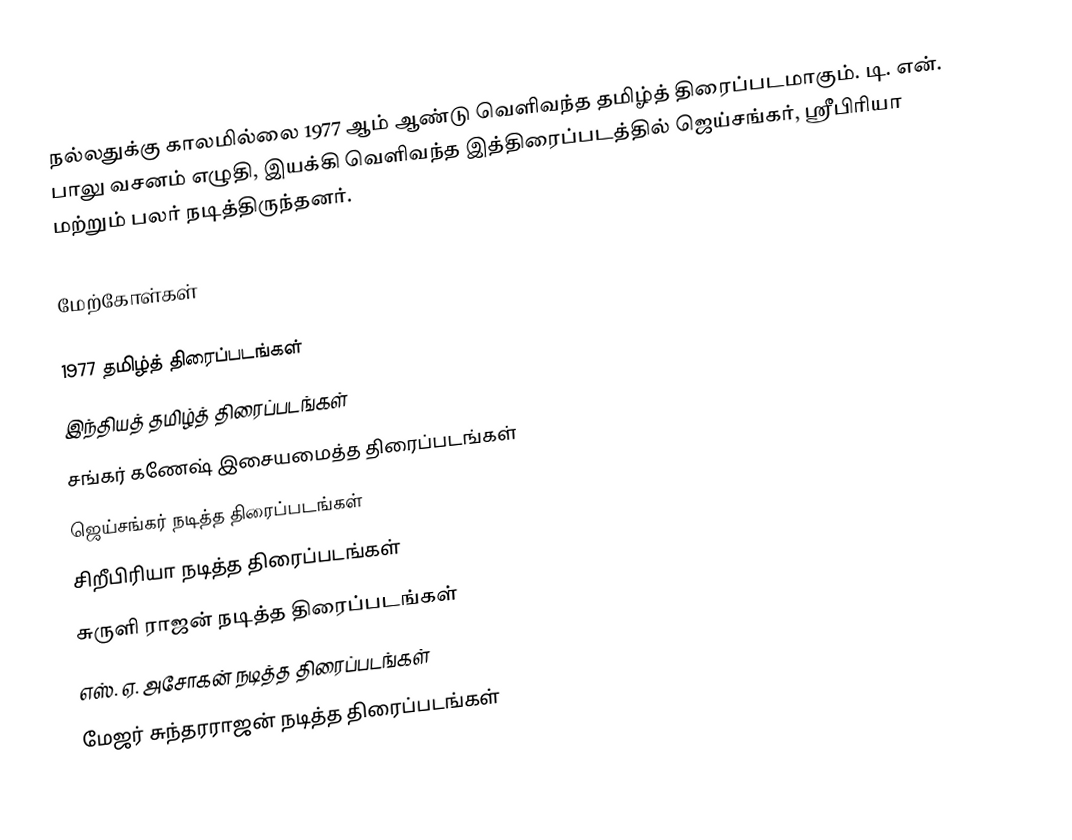
நல்லதுக்கு காலமில்லை 1977 ஆம் ஆண்டு வெளிவந்த தமிழ்த் திரைப்படமாகும். டி. என். பாலு வசனம் எழுதி, இயக்கி வெளிவந்த இத்திரைப்படத்தில் ஜெய்சங்கர், ஸ்ரீபிரியா மற்றும் பலர் நடித்திருந்தனர்.

மேற்கோள்கள்

1977 தமிழ்த் திரைப்படங்கள்
இந்தியத் தமிழ்த் திரைப்படங்கள்
சங்கர் கணேஷ் இசையமைத்த திரைப்படங்கள்
ஜெய்சங்கர் நடித்த திரைப்படங்கள்
சிறீபிரியா நடித்த திரைப்படங்கள்
சுருளி ராஜன் நடித்த திரைப்படங்கள்
எஸ். ஏ. அசோகன் நடித்த திரைப்படங்கள்
மேஜர் சுந்தரராஜன் நடித்த திரைப்படங்கள்